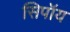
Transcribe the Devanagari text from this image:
सिपॉय